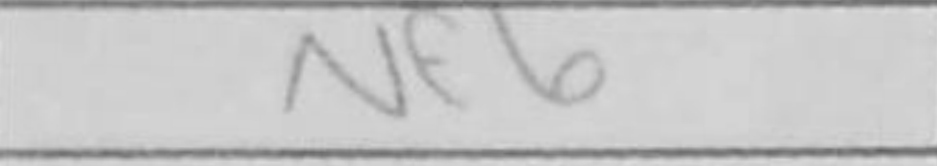
Transcription: Nf6